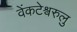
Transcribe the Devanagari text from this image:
वेंकटेश्वरुलु